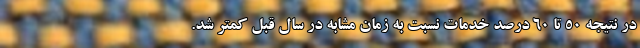
در نتیجه ۵۰ تا ۶۰ درصد خدمات نسبت به زمان مشابه در سال قبل کمتر شد.